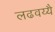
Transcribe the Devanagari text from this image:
लढवय्यै